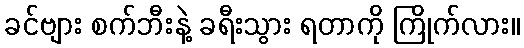
ခင်ဗျား စက်ဘီးနဲ့ ခရီးသွား ရတာကို ကြိုက်လား။